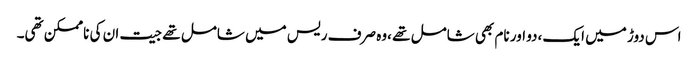
اس دوڑ میں ایک ،دو اور نام بھی شامل تھے ،وہ صرف ریس میں شامل تھے جیت ان کی ناممکن تھی۔